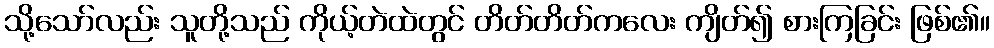
သို့သော်လည်း သူတို့သည် ကိုယ့်တဲထဲတွင် တိတ်တိတ်ကလေး ကျိတ်၍ စားကြခြင်း ဖြစ်၏။